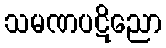
သမဏပဋိညော